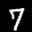
Label: 7